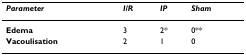
<table><thead><tr><td><b><i>Parameter</i></b></td><td><b><i>I/R</i></b></td><td><b><i>IP</i></b></td><td><b><i>Sham</i></b></td></tr></thead><tbody><tr><td><b>Edema</b></td><td>3</td><td>2*</td><td>0**</td></tr><tr><td><b>Vacoulisation</b></td><td>2</td><td>1</td><td>0</td></tr></tbody></table>